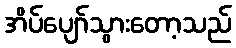
အိပ်ပျော်သွားတော့သည်